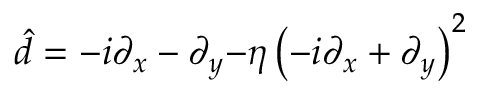
\hat { d } = { - i \partial _ { x } - \partial _ { y } { - \eta \left( - i \partial _ { x } + \partial _ { y } \right) ^ { 2 } } }